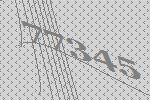
77345